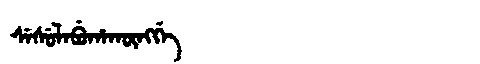
Manchu: ᠰᡝᠰᡠᠯᠠᠪᡠᡥᠠᡴᡡᠩᡤᡝ
Romanization: SESULABUHAKŪNGGE